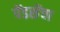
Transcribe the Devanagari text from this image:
पेंडसेंचा